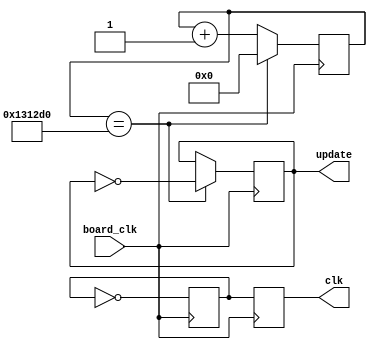
module clock_converter(board_clk, update, clk);
input board_clk;
output reg update,clk;
reg [21:0]count;	
reg a;
	
//controls how fast the player and the blocks update
always@(posedge board_clk)
	begin
		count <= count + 22'd1;
		if(count == 22'd1250000)
		begin
			update <= ~update;
			count <= 22'd0;
		end	
	end
	
//converts the board clock (50MHz) to  the VGA clock (25MHz)
always@(posedge board_clk)
	begin
		a <= ~a; 
		clk <= a;
	end

endmodule